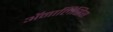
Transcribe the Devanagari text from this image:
अॅनालिसिस